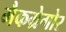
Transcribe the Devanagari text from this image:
मैकग्रेगोर